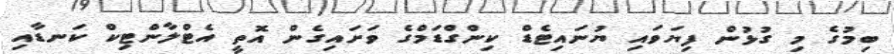
ބިމުގެ މި ގުޅުން ފިޔަވައި ޔުނައިިޓެޑް ކިންގްޑަމްގެ ވަށައިގެން އޮތީ އެޓްލާންޓިކް ކަނޑާއި